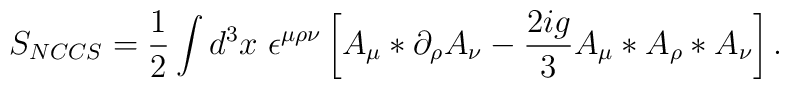
S_{NCCS} = \frac{1}{2} \int d^3 x~ \epsilon^{\mu \rho \nu}  \left[    A_\mu \ast \partial_\rho A_\nu    - \frac{2ig}{3} A_\mu \ast A_\rho \ast A_\nu  \right].